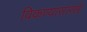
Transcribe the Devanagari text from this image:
विकण्यासारखे